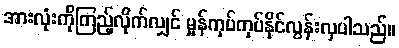
အားလုံးကိုကြည့်လိုက်လျှင် မှုန်ကုပ်ကုပ်နိုင်လွန်းလှပါသည်။